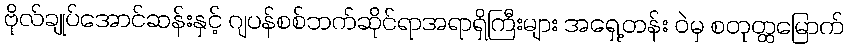
ဗိုလ်ချုပ်အောင်ဆန်းနှင့် ဂျပန်စစ်ဘက်ဆိုင်ရာအရာရှိကြီးများ အရှေ့တန်း ဝဲမှ စတုတ္ထမြောက်